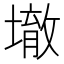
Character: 𱘀